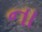
ના